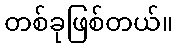
တစ်ခုဖြစ်တယ်။